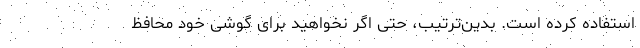
استفاده کرده است. بدین‌ترتیب، حتی اگر نخواهید برای گوشی خود محافظ